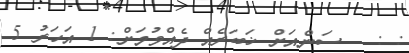
: :   ސަންއަށް ޚަބަރެއް ދެއްވުމަށް: 1 އަހަރު 5